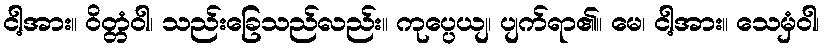
ငါ့အား။ ဝိတ္တံဝါ၊ သည်းခြေသည်လည်း။ ကုပ္ပေယျ၊ ပျက်ရာ၏။ မေ၊ ငါ့အား။ သေမှံဝါ၊